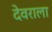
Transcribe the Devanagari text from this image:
देवराला